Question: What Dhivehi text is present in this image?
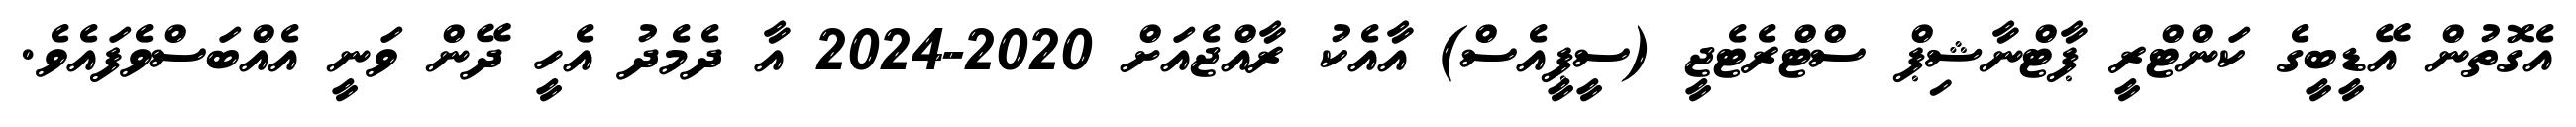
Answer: އެގޮތުން އޭޑީބީގެ ކަންޓްރީ ޕާޓްނާޝިޕް ސްޓްރެޓެޖީ (ސީޕީއެސް) އާއެކު ރާއްޖެއަށް 2020-2024 އާ ދެމެދު އެހީ ދޭން ވަނީ އެއްބަސްވެފައެވެ.